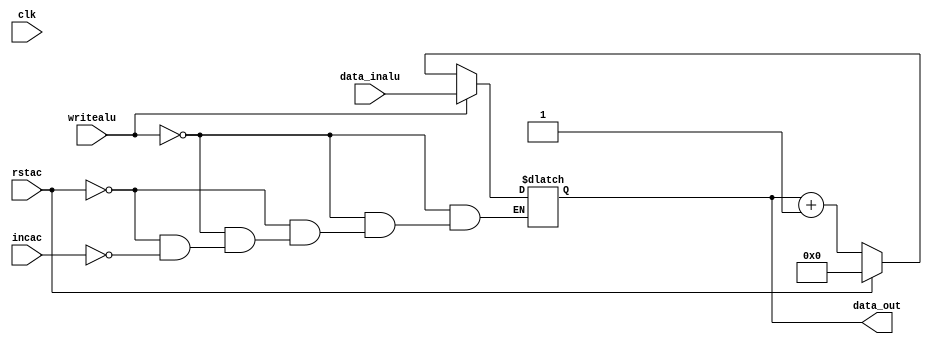
`timescale 1ns / 1ps
module ac (
    input clk, writealu,rstac,incac,
    input [15:0] data_inalu,
    output reg [15:0] data_out
   );
    always @(*) 
        begin
            if (writealu) data_out = data_inalu;
            else if (rstac) data_out =0;
            else if (incac) data_out =data_out + 1;    
        end
endmodule